Report of the King Institute of Preventive Medicine, Guindy
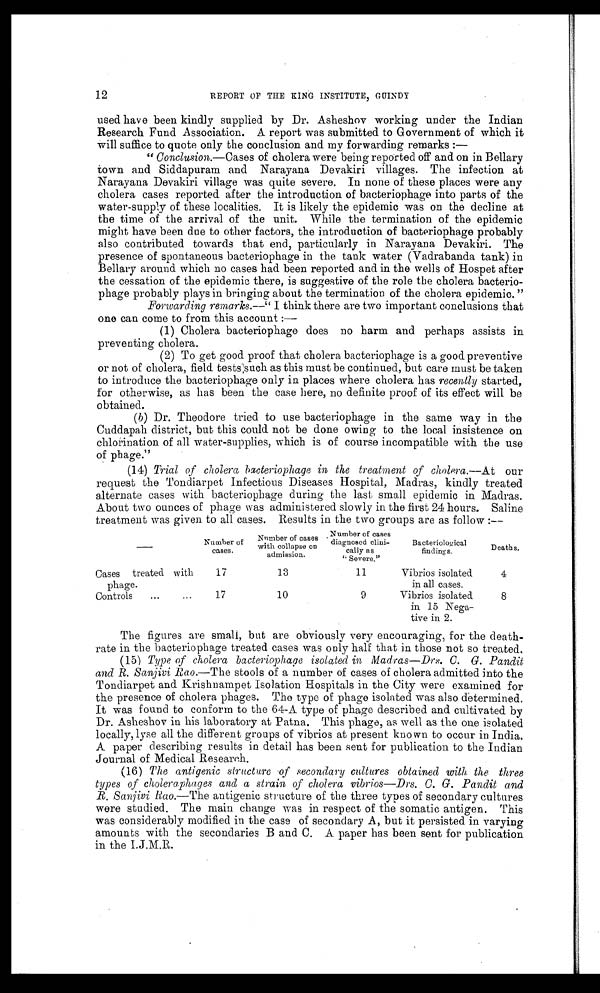
12
REPORT OF THE KING INSTITUTE, GUINDY
used have been kindly supplied by Dr. Asheshov working under the Indian
Research Fund Association. A report was submitted to Government of which it
will suffice to quote only the conclusion and my forwarding remarks : —
" Conclusion.—Cases of cholera were being reported off and on in Bellary
town and Siddapuram and Narayana Devakiri villages. The infection at
Narayana Devakiri village was quite severe. In none of these places were any
cholera cases reported after the introduction of bacteriophage into parts of the
water-supply of these localities. It is likely the epidemic was on the decline at
the time of the arrival of the unit. While the termination of the epidemic
might have been due to other factors, the introduction of bacteriophage probably
also contributed towards that end, particularly in Narayana Devakiri. The
presence of spontaneous bacteriophage in the tank water (Vadrabanda tank) in
Bellary around which no cases had been reported and in the wells of Hospet after
the cessation of the epidemic there, is suggestive of the role the cholera bacterio
- p h a g e p r o b a b l y p l a y s i n b r i n g i n g a b o u t t h e t e r m i n a t i o n o f t h e c h o l e r a e p i d e m i c . "
Forwarding remarks.—" I think there are two important conclusions that
one can come to from this account :
—
(1) Cholera bacteriophage does no harm and perhaps assists in
preventing cholera.
(2) To get good proof that cholera bacteriophage is a good preventive
or not of cholera, field tests such as this must be continued, but care must be taken
to introduce the bacteriophage only in places where cholera has recently started,
for otherwise, as has been the case here, no definite proof of its effect will be
obtained.
(b) Dr. Theodore tried to use bacteriophage in the same way in the
Cuddapah district, but this could not be done owing to the local insistence on
chlorination of all water-supplies, which is of course incompatible with the use
of phage."
(14) Trial of cholera bacteriophage in the treatment of cholera.—At our
request the Tondiarpet Infectious Diseases Hospital, Madras, kindly treated
alternate cases with bacteriophage during the last small epidemic in Madras.
About two ounces of phage was administered slowly in the first 24 hours. Saline
treatment was given to all cases. Results in the two groups are as follow :—
Number of
cases.
Number of cases
with collapse on
admission.
Number of cases
diagnosed clini-
cally as
" Severe."
Bacteriological
findings.
Deaths.
Cases
treated
with
phage.
17
13
11
Vibrios isolated
in all cases.
4
Controls . . .
17
10
9
Vibrios isolated
in 15 Nega -
tive in 2.
8
The figures are small, but are obviously very encouraging, for the death
- r a t e i n t h e b a c t e r i o p h a g e t r e a t e d c a s e s w a s o n l y h a l f t h a t i n t h o s e n o t s o t r e a t e d .
(15)
Type of cholera bacteriophage isolated in Madras—Drs. C. G. Pandit
and R. Sanjivi Rao.—The stools of a number of cases of cholera admitted into the
Tondiarpet and Krishnampet Isolation Hospitals in the City were examined for
the presence of cholera phages. The type of phage isolated was also determined.
It was found to conform to the 64-A type of phage described and cultivated by
Dr. Asheshov in his laboratory at Patna. This phage, as well as the one isolated
locally, lyse all the different groups of vibrios at present known to occur in India.
A paper describing results in detail has been sent for publication to the Indian
Journal of Medical Research.
(16)
The antigenic structure of secondary cultures obtained with the three
types of choleraphages and a strain of cholera vibrios—Drs. C. G. Pandit and
R. Sanjivi Rao.—The antigenic structure of the three types of secondary cultures
were studied. The main change was in respect of the somatic antigen. This
was considerably modified in the case of secondary A, but it persisted in varying
amounts with the secondaries B and C. A paper has been sent for publication
in the I.J.M.R.